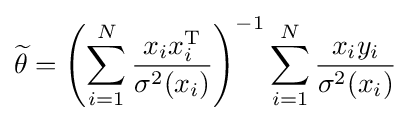
{\widetilde {\theta }}=\left(\sum _{i=1}^{N}{\frac {x_{i}x_{i}^{\mathrm {T} }}{\sigma ^{2}(x_{i})}}\right)^{-1}\sum _{i=1}^{N}{\frac {x_{i}y_{i}}{\sigma ^{2}(x_{i})}}